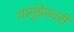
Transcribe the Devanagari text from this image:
चामुंडेस्वरी